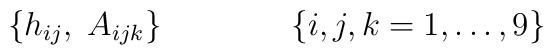
\{ h_{ij}, \; A_{ijk} \} \qquad \qquad \{i,j,k = 1, \dots, 9 \}